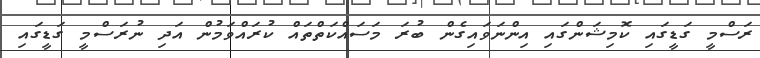
ރަސްމީ ގަޑީގައި ކޮމިޝަންގައި އިންނަވައިގެން ބުރަ މަސައްކަތްތައް ކުރައްވަމުން އަދި ނުރަސްމީ ގަޑީގައި